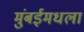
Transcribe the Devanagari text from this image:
मुंबईमधला